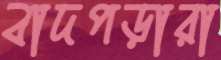
বাদপড়ারা